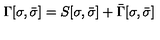
\Gamma [ \sigma , \bar { \sigma } ] = S [ \sigma , \bar { \sigma } ] + \bar { \Gamma } [ \sigma , \bar { \sigma } ]